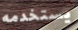
يستخدمه